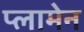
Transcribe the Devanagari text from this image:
प्लामेन